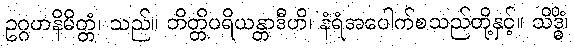
ဥဂ္ဂဟနိမိတ္တံ၊ သည်။ ဘိတ္တိပရိယန္တာဒီဟိ၊ နံရံအပေါက်စသည်တို့နှင့်။ သိဒ္ဓိံ၊